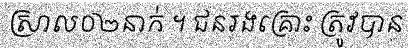
ស្រាល០២នាក់ ។ ជនរងគ្រោះ ត្រូវបាន